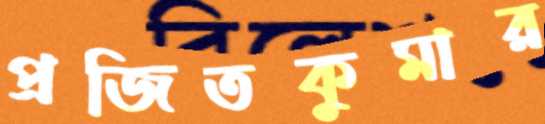
প্রজিতকুমার